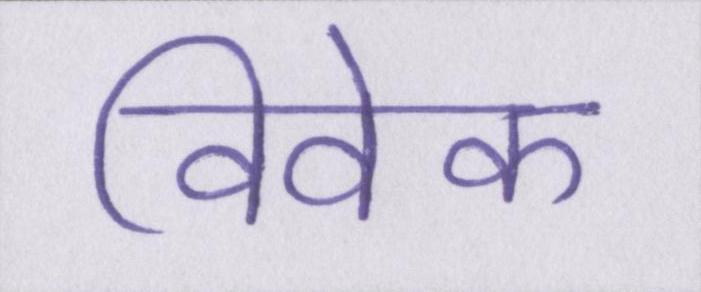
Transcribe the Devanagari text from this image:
विवेक